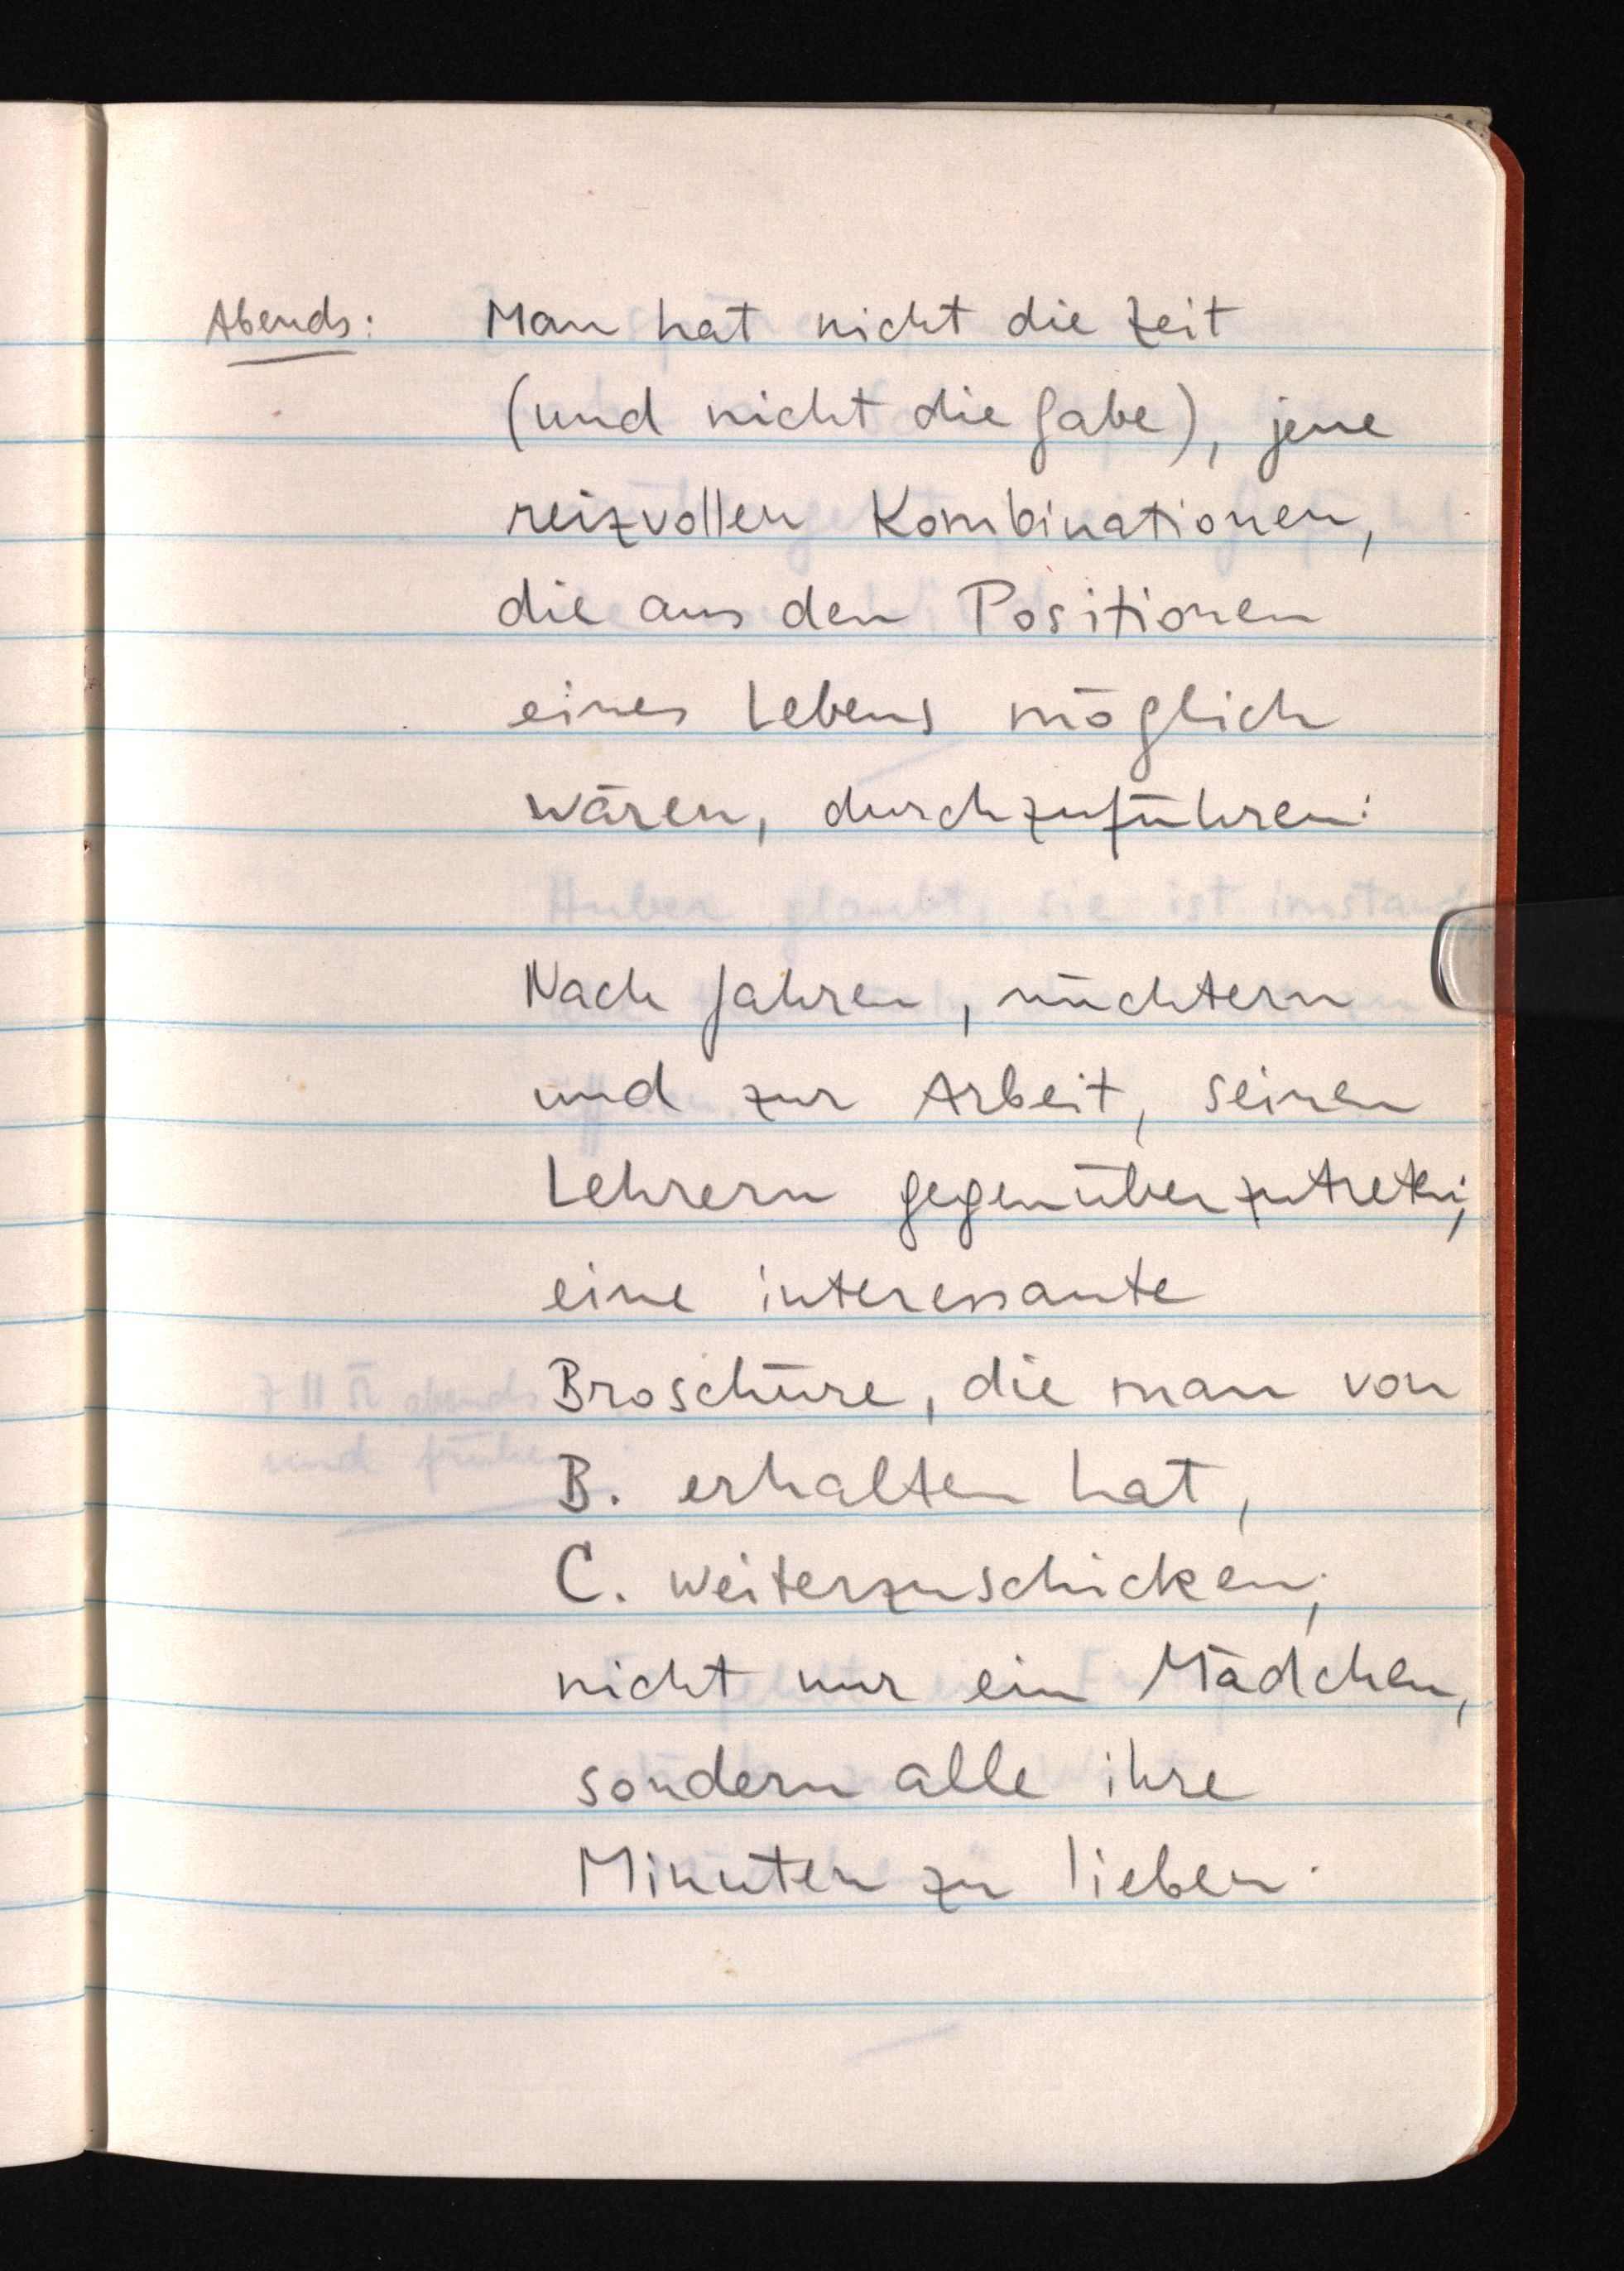
Abends: Man hat nicht die Zeit
(und nicht die Gabe), jene
reizvollen Kombinationen,
die aus den Positionen
eines Lebens möglich
wären, durchzuführen:
Nach Jahren, nüchtern
und zur Arbeit, seinen
Lehrern gegenüberzutreten;
eine interessante
Broschüre, die man von
B. erhalten hat,
C. weiterzuschicken;
nicht nur ein Mädchen,
sondern alle ihre
Minuten zu lieben.